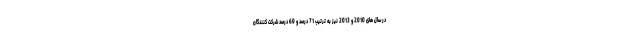
در سال های 2010 و 2013 نیز به ترتیب 71 درصد و 69 درصد شرکت کنندگان